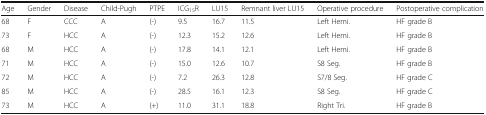
<table><thead><tr><td><b>Age</b></td><td><b>Gender</b></td><td><b>Disease</b></td><td><b>Child-Pugh</b></td><td><b>PTPE</b></td><td><b>ICG<sub>15</sub>R</b></td><td><b>LU15</b></td><td><b>Remnant liver LU15</b></td><td><b>Operative procedure</b></td><td><b>Postoperative complication</b></td></tr></thead><tbody><tr><td>68</td><td>F</td><td>CCC</td><td>A</td><td>(-)</td><td>9.5</td><td>16.7</td><td>11.5</td><td>Left Hemi.</td><td>HF grade B</td></tr><tr><td>73</td><td>F</td><td>HCC</td><td>A</td><td>(-)</td><td>12.3</td><td>15.2</td><td>12.6</td><td>Left Hemi.</td><td>HF grade B</td></tr><tr><td>68</td><td>M</td><td>HCC</td><td>A</td><td>(-)</td><td>17.8</td><td>14.1</td><td>12.1</td><td>Left Hemi.</td><td>HF grade B</td></tr><tr><td>71</td><td>M</td><td>HCC</td><td>A</td><td>(-)</td><td>15.0</td><td>12.6</td><td>10.7</td><td>S8 Seg.</td><td>HF grade B</td></tr><tr><td>72</td><td>M</td><td>HCC</td><td>A</td><td>(-)</td><td>7.2</td><td>26.3</td><td>12.8</td><td>S7/8 Seg.</td><td>HF grade C</td></tr><tr><td>85</td><td>M</td><td>HCC</td><td>A</td><td>(-)</td><td>28.5</td><td>16.1</td><td>12.3</td><td>S8 Seg.</td><td>HF grade C</td></tr><tr><td>73</td><td>M</td><td>HCC</td><td>A</td><td>(+)</td><td>11.0</td><td>31.1</td><td>18.8</td><td>Right Tri.</td><td>HF grade B</td></tr></tbody></table>